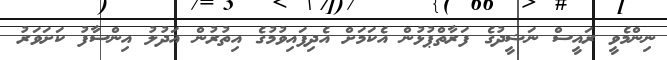
ނިންމެވީ ރައީސް ނަޝީދުގެ ފަރާތްޕުޅުން އެކަމަށް އެދިފައިވުމުގެ އިތުރުން އަދުލު އިންސާފު ކަށަވަރު